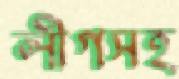
লীগসহ